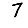
Digit: 7